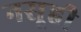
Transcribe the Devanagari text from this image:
नसूही